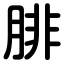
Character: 腓